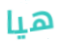
هيا